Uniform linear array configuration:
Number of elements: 48
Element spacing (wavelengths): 1
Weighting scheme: cosine
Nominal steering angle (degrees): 0
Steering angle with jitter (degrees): -1.59
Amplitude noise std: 0.05
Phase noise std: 0.05

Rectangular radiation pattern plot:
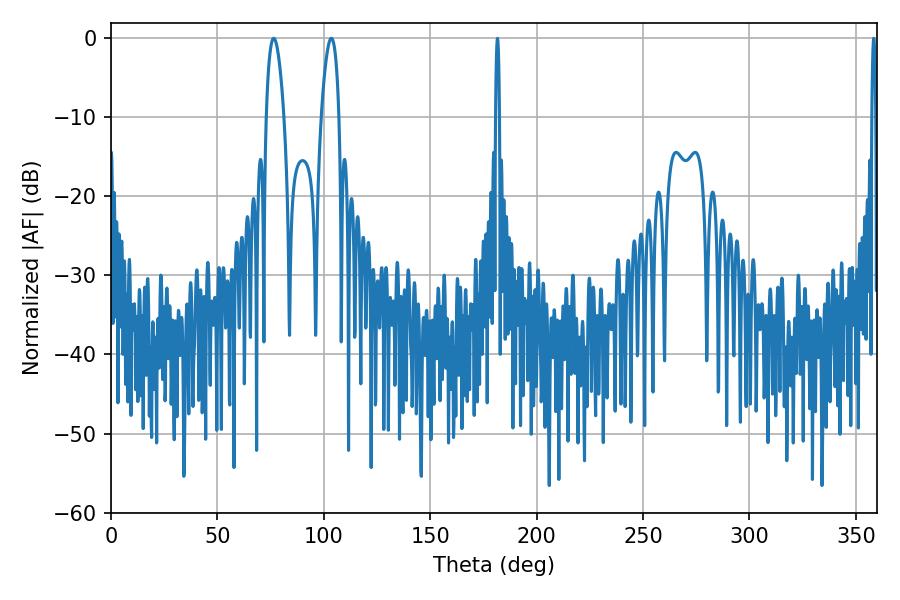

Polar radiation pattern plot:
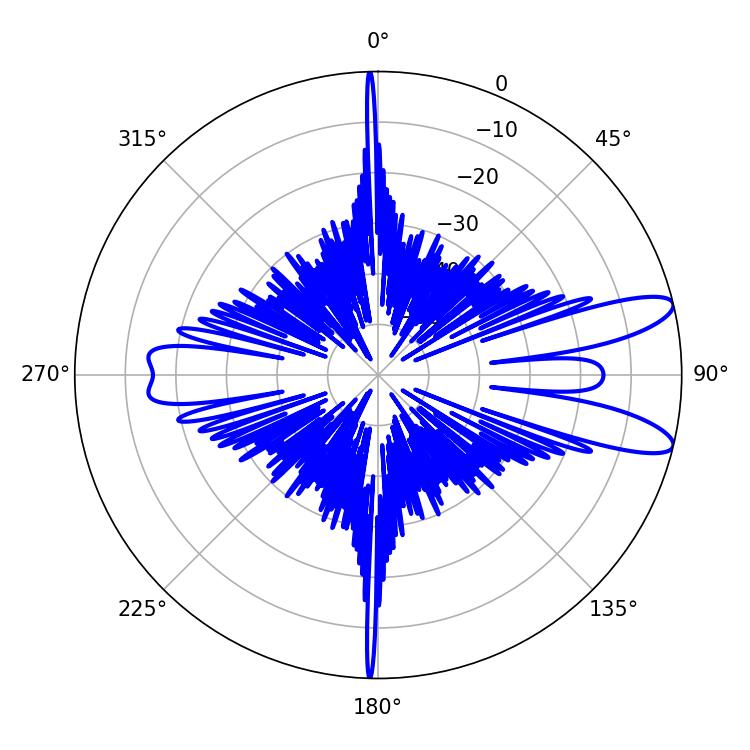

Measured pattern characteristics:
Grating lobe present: TRUE
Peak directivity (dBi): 10.876
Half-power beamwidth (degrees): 4.68
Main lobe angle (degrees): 76.5